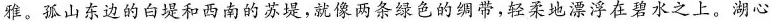
雅。孤山东边的白堤和西南的苏堤，就像两条绿色的绸带，轻柔地漂浮在碧水之上。湖心